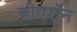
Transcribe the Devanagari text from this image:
बोएरॉन